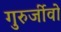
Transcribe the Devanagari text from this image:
गुरुर्जीवो